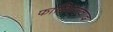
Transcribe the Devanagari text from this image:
फासिस्टवाद